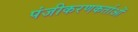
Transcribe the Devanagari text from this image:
पंजीकरणकर्ताओं